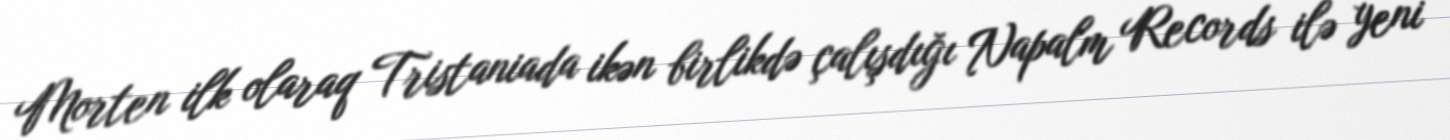
Morten ilk olaraq Tristaniada ikən birlikdə çalışdığı Napalm Records ilə yeni